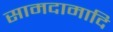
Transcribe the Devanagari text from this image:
सामदामादि